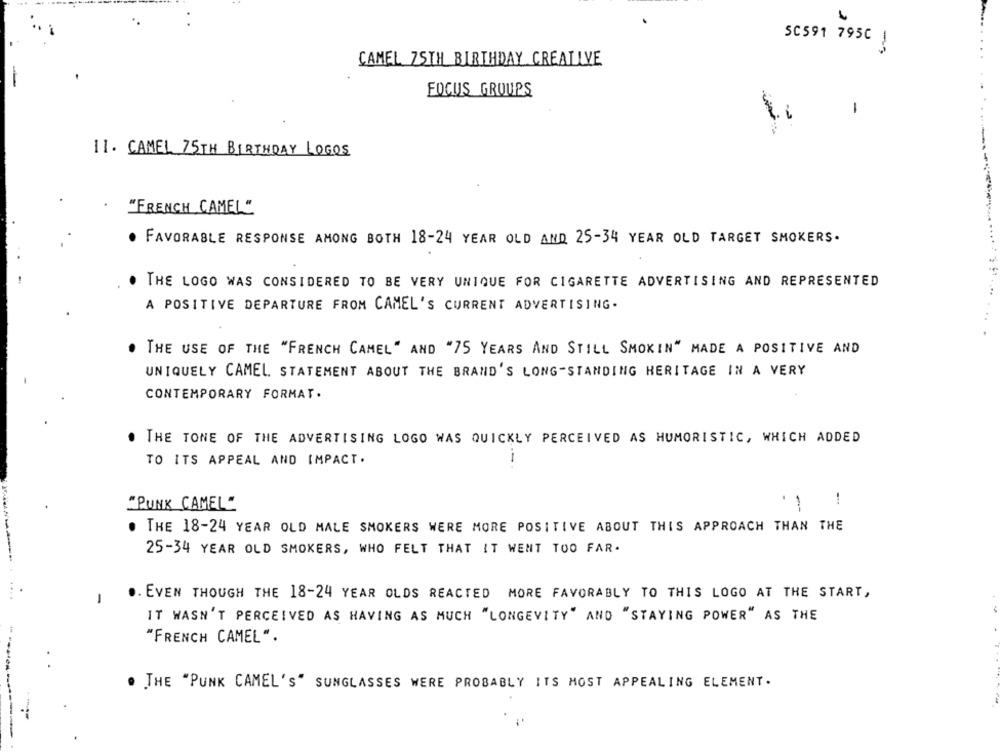
50591 795C !
CAMEL 75TH BIRTHDAY CREALIVE
FOCUS GROUPS
-
11. CAMEL 75TH BIRTHDAY LOGOS
"FRENCH CAMEL"
. FAVORABLE RESPONSE AMONG BOTH 18-24 YEAR OLD AND 25-34 YEAR OLD TARGET SMOKERS.
THE LOGO WAS CONSIDERED TO BE VERY UNIQUE FOR CIGARETTE ADVERTISING AND REPRESENTED
A POSITIVE DEPARTURE FROM CAMEL'S CURRENT ADVERTISING.
. THE USE OF THE "FRENCH CAMEL " AND "75 YEARS AND STILL SMOKIN" MADE A POSITIVE AND
UNIQUELY CAMEL STATEMENT ABOUT THE BRAND'S LONG-STANDING HERITAGE IN A VERY
CONTEMPORARY FORMAT.
THE TONE OF THE ADVERTISING LOGO WAS QUICKLY PERCEIVED AS HUMORISTIC, WHICH ADDED
TO ITS APPEAL AND IMPACT.
!
"PUNK CAMEL"
. THE 18-24 YEAR OLD MALE SMOKERS WERE MORE POSITIVE ABOUT THIS APPROACH THAN THE
25-34 YEAR OLD SMOKERS, WHO FELT THAT IT WENT TOO FAR-
.. EVEN THOUGH THE 18-24 YEAR OLDS REACTED MORE FAVORABLY TO THIS LOGO AT THE START,
IT WASN'T PERCEIVED AS HAVING AS MUCH "LONGEVITY" AND "STAYING POWER" AS THE
"FRENCH CAMEL".
. THE "PUNK CAMEL'S" SUNGLASSES WERE PROBABLY ITS MOST APPEALING ELEMENT.